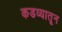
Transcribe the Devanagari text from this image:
कडव्यातून